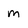
Character: m